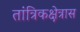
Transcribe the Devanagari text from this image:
तांत्रिकक्षेत्रास